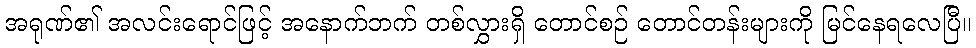
အရုဏ်၏ အလင်းရောင်ဖြင့် အနောက်ဘက် တစ်လွှားရှိ တောင်စဉ် တောင်တန်းများကို မြင်နေရလေပြီ။